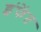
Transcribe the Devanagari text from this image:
इंफेंत